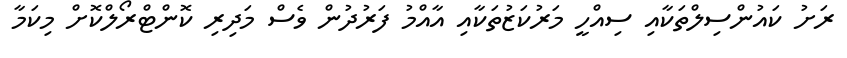
ރަށު ކައުންސިލްތަކާއި ސިއްހީ މަރުކަޒުތަކާއި އާއްމު ފަރުދުން ވެސް މަދިރި ކޮންޓްރޯލްކޮށް މިކަމާ